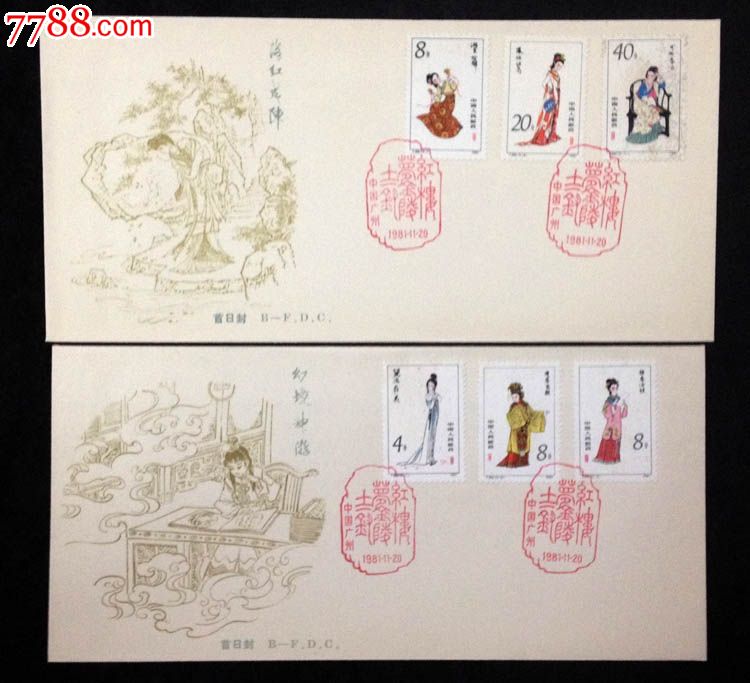
千雷万霆，激绕其身，霰雪雨雹，一时皆下。